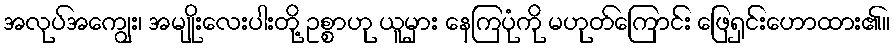
အလုပ်အကျွေး၊ အမျိုးလေးပါးတို့ ဥစ္စာဟု ယူမှား နေကြပုံကို မဟုတ်ကြောင်း ဖြေရှင်းဟောထား၏။